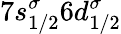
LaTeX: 7s_{1/2}^{\sigma}6d_{1/2}^{\sigma}